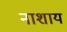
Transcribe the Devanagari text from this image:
नाशाय